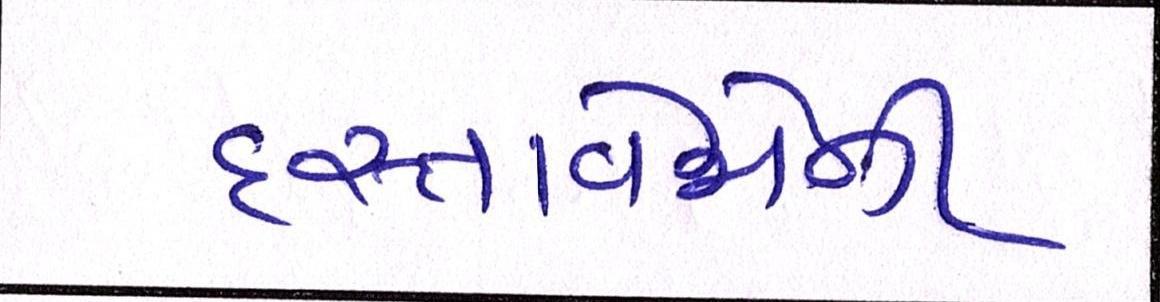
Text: દસ્તાવેજોની